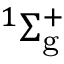
^ 1 \Sigma _ { \mathrm { g } } ^ { + }